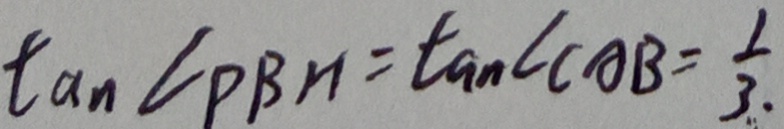
\tan \angle P B H = \tan \angle C A B = \frac { 1 } { 3 } .